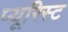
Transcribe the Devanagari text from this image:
प्यूरिस्ट